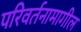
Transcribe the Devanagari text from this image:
परिवर्तनामागील